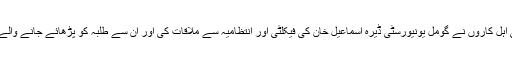
آخری اور چوتھے واقعے میں ریاستی اہل کاروں نے گومل یونیورسٹی ڈیرہ اسماعیل خان کی فیکلٹی اور انتظامیہ سے ملاقات کی اور ان سے طلبہ کو پڑھائے جانے والے نصاب کے بارے میں سوالات کئے۔